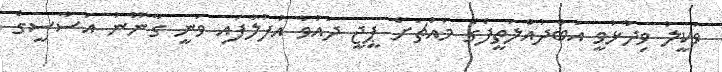
ވަކީލު ވިދާޅުވީ އަބްދުއްލަތީފްގެ މައްޗަށް ޕީޖީ ދައުވާ އުފުލާފައި ވަނީ ގާނޫނު އަސާސީގެ